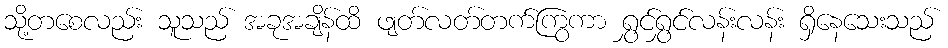
သို့တစေလည်း သူသည် အခုအချိန်ထိ ဖျတ်လတ်တက်ကြွကာ ရွှင်ရွှင်လန်းလန်း ရှိနေသေးသည်